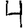
Digit: 4